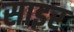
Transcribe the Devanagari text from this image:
साइर